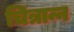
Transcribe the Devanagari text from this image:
चित्रान्न